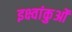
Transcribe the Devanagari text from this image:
इक्ष्वांकुओं